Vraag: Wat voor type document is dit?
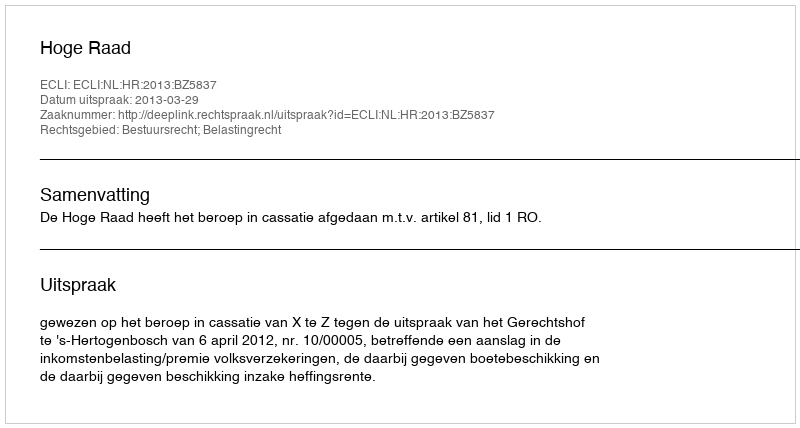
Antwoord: Uitspraak